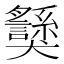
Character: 𱮯